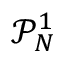
\mathcal { P } _ { N } ^ { 1 }